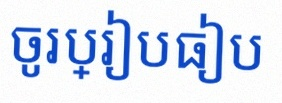
ចូរប្រៀបធៀប